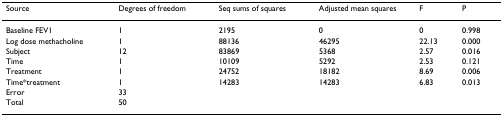
<table><thead><tr><td><b>Source</b></td><td><b>Degrees of freedom</b></td><td><b>Seq sums of squares</b></td><td><b>Adjusted mean squares</b></td><td><b>F</b></td><td><b>P</b></td></tr></thead><tbody><tr><td>Baseline FEV1</td><td>1</td><td>2195</td><td>0</td><td>0</td><td>0.998</td></tr><tr><td>Log dose methacholine</td><td>1</td><td>88136</td><td>46295</td><td>22.13</td><td>0.000</td></tr><tr><td>Subject</td><td>12</td><td>83869</td><td>5368</td><td>2.57</td><td>0.016</td></tr><tr><td>Time</td><td>1</td><td>10109</td><td>5292</td><td>2.53</td><td>0.121</td></tr><tr><td>Treatment</td><td>1</td><td>24752</td><td>18182</td><td>8.69</td><td>0.006</td></tr><tr><td>Time*treatment</td><td>1</td><td>14283</td><td>14283</td><td>6.83</td><td>0.013</td></tr><tr><td>Error</td><td>33</td><td></td><td></td><td></td><td></td></tr><tr><td>Total</td><td>50</td><td></td><td></td><td></td><td></td></tr></tbody></table>